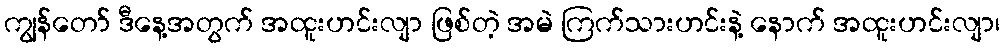
ကျွန်တော် ဒီနေ့အတွက် အထူးဟင်းလျာ ဖြစ်တဲ့ အမဲ ကြက်သားဟင်းနဲ့ နောက် အထူးဟင်းလျာ၊